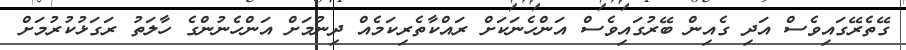
ގޭތެރޭގައިވެސް އަދި ގެއިން ބޭރުގައިވެސް އަންހެނަކަށް ރައްކާތެރިކަމެއް ދިނުމަށް އަންހެނުންގެ ހާލަތު ރަގަޅުކުރުމަށް